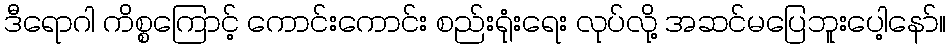
ဒီရောဂါ ကိစ္စကြောင့် ကောင်းကောင်း စည်းရုံးရေး လုပ်လို့ အဆင်မပြေဘူးပေါ့နော်။